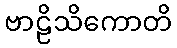
ဗာဠိသိကောတိ